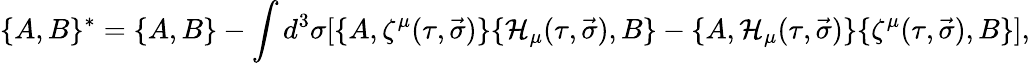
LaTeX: \lbrace A,B\rbrace{}^{*}=\lbrace A,B\rbrace-\int d^{3}\sigma[\lbrace A,\zeta^{\mu}(\tau,\vec{\sigma})\rbrace\lbrace{\cal H}_{\mu}(\tau,\vec{\sigma}),B\rbrace-\lbrace A,{\cal H}_{\mu}(\tau,\vec{\sigma})\rbrace\lbrace\zeta^{\mu}(\tau,\vec{\sigma}),B\rbrace],